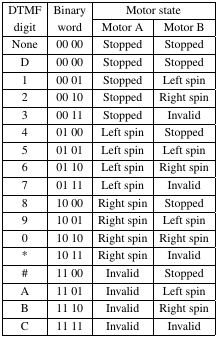
| <ROWSPAN=2> DTMF digit | <ROWSPAN=2> Binary word | <COLSPAN=2> Motor state |
 | Motor A | Motor B |
 | --- | --- | --- | --- |
 | None | 00 00 | Stopped | Stopped |
 | D | 00 00 | Stopped | Stopped |
 | 1 | 00 01 | Stopped | Left spin |
 | 2 | 00 10 | Stopped | Right spin |
 | 3 | 00 11 | Stopped | Invalid |
 | 4 | 01 00 | Left spin | Stopped |
 | 5 | 01 01 | Left spin | Left spin |
 | 6 | 01 10 | Left spin | Right spin |
 | 7 | 01 11 | Left spin | Invalid |
 | 8 | 10 00 | Right spin | Stopped |
 | 9 | 10 01 | Right spin | Left spin |
 | 0 | 10 10 | Right spin | Right spin |
 | * | 10 11 | Right spin | Invalid |
 | # | 11 00 | Invalid | Stopped |
 | A | 11 01 | Invalid | Left spin |
 | B | 11 10 | Invalid | Right spin |
 | C | 11 11 | Invalid | Invalid |